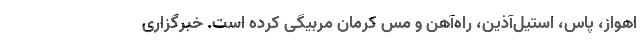
اهواز، پاس، استیل‌آذین، راه‌آهن و مس کرمان مربیگی کرده است. خبرگزاری